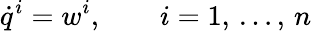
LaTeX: \displaystyle{\dot{q}}^{i}=w^{i},\qquad i=1,\, \ldots,\, n